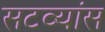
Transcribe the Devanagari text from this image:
सटव्यांस